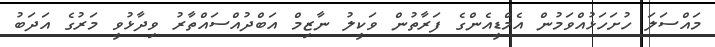
މައްސަލަ ހުށަހަޅުއްވަމުން އެމްޑީއެންގެ ފަރާތުން ވަކީލު ނާޒިމް އަބްދުއްސައްތާރު ވިދާޅުވީ މަރުގެ އަދަބު